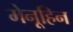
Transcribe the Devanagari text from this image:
मेनूहिन